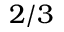
2 / 3